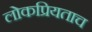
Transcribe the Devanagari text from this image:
लोकप्रियताच